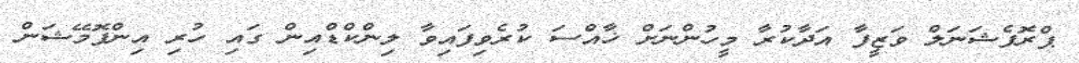
ޕްރޮފެޝަނަލް ވަޒީފާ އަދާކުރާ މީހުންނަށް ޚާއްސަ ކުރެވިފައިވާ ލިންކްޑްއިން ގައި ހުރި އިންފޮމޭޝަން